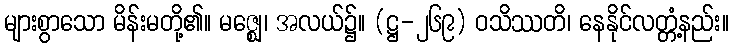
များစွာသော မိန်းမတို့၏။ မဇ္ဈေ၊ အလယ်၌။ (ဋ္ဌ-၂၆၉) ဝသိဿတိ၊ နေနိုင်လတ္တံ့နည်း။